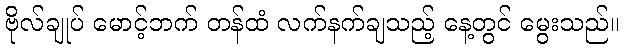
ဗိုလ်ချုပ် မောင့်ဘက် တန်ထံ လက်နက်ချသည့် နေ့တွင် မွေးသည်။